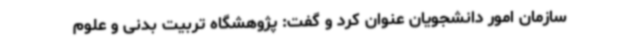
سازمان امور دانشجویان عنوان کرد و گفت: پژوهشگاه تربیت بدنی و علوم